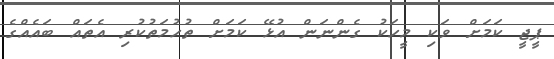
ޕީޖީ ކަމަށް ވަކި މީހަކު ގެންނަން އުޅޭ ކަމަށް ތުހުމަތުކުރި އެތައް ބައެއްގެ